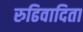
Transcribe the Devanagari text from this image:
रुढिवादिता